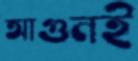
আগুনই